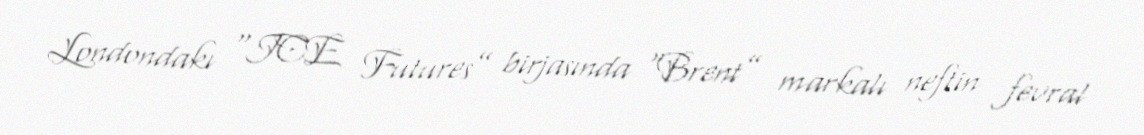
Londondakı “ICE Futures” birjasında “Brent” markalı neftin fevral